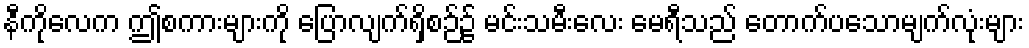
နီကိုလေက ဤစကားများကို ပြောလျက်ရှိစဉ်၌ မင်းသမီးလေး မေရီသည် တောက်ပသောမျက်လုံးများ